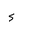
Letter: _hamza